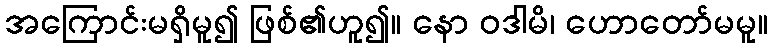
အကြောင်းမရှိမူ၍ ဖြစ်၏ဟူ၍။ နော ဝဒါမိ၊ ဟောတော်မမူ။